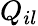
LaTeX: Q_{il}